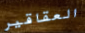
العقاقير